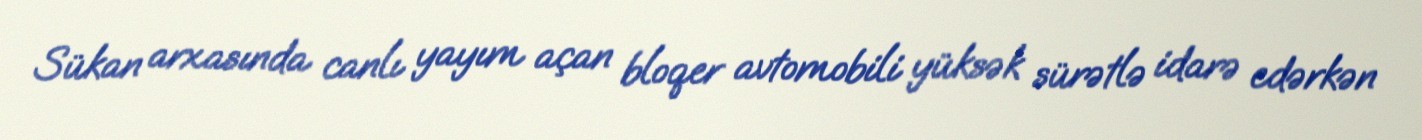
Sükan arxasında canlı yayım açan bloqer avtomobili yüksək sürətlə idarə edərkən